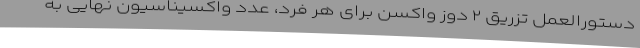
دستورالعمل تزریق ۲ دوز واکسن برای هر فرد، عدد واکسیناسیون نهایی به